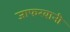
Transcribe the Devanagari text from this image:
जाफरबानी